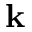
{ \bf k }